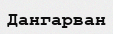
Дангарван